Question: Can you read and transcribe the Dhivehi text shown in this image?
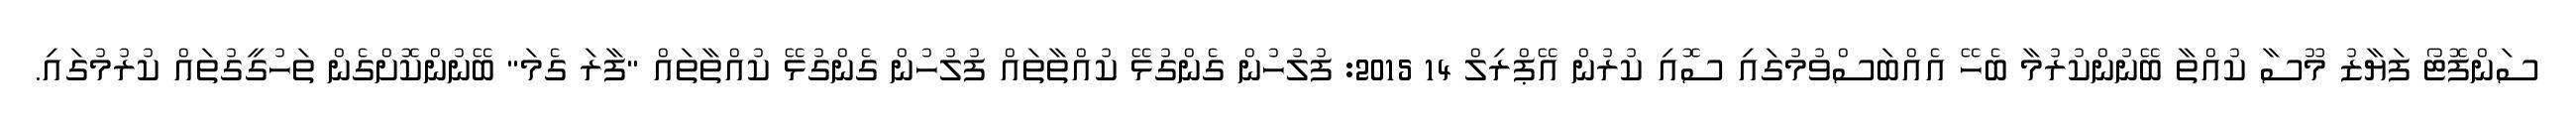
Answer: ސަންފޮޓޯ ފަޔާޒު މޫސާ ކުއްތާ ބޭނުންކުރުމާ ބެހޭ އެއްބަސްވުމުގައި ސޮއި ކުރުން އޭޕްރިލް 14 2015: ފުލުހުން ގެންގުޅޭ ކުއްތާތައް ފުލުހުން ގެންގުޅޭ ކުއްތާތައް "ފާރަ ގެމަ" ބޭނުންކޮށްގެން ތަހުގީގުތައް ކުރުމުގައި.